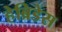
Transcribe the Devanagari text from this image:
हेब्रिडेस